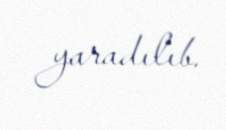
yaradılıb.